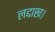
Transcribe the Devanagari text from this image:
लद्दाख।